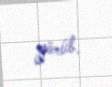
görüb.